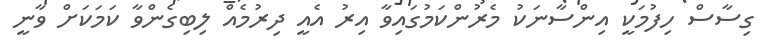
ގިސާސް ހިފުމަކީ އިންސާނަކު މެރުންކަމުގައިވާ އިރު އެއީ ދިރުމެއް ލިބިގެންވާ ކަމަކަށް ވާނީ